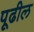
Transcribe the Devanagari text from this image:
पूढील